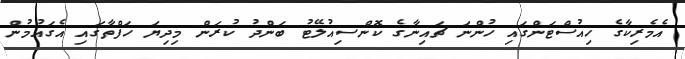
އެެމެރިކާގެ ހިއުސްޓަންގައި ހުންނަ ޗައިނާގެ ކޮންސިއުލޭޓު ބަންދު ކުރަން މިދިޔަ ހަފްތާގައި އެގައުމުން